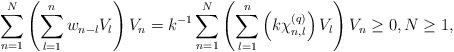
\begin{align*} \sum\limits_{n=1}^{N} \left( \sum\limits_{l=1}^{n} w_{n-l} V_{l} \right) V_n = k^{-1} \sum\limits_{n=1}^{N} \left( \sum\limits_{l=1}^{n} \left(k\chi_{n,l}^{(q)} \right) V_{l} \right) V_n \geq 0, N\geq 1, \end{align*}